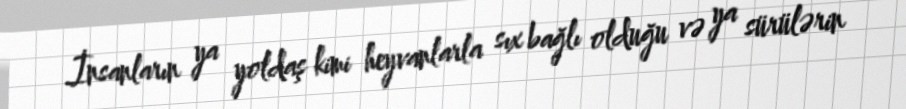
İnsanların ya yoldaş kimi heyvanlarla sıx bağlı olduğu və ya sürülərin